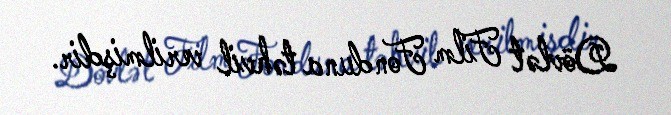
Dövlət Film Fonduna təhvil verilmişdir.